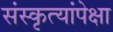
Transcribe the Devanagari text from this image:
संस्कृत्यांपेक्षा